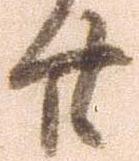
廿